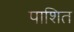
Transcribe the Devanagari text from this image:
पाशित